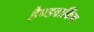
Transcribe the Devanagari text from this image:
हैण्डवाकिंग